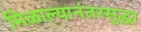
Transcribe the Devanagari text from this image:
मिळाल्यानंतरसुद्धा